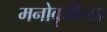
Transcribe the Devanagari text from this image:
मनोवृत्तीच्या